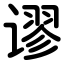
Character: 谬